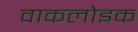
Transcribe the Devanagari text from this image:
वाकलोइक